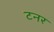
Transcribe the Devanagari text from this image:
टनर